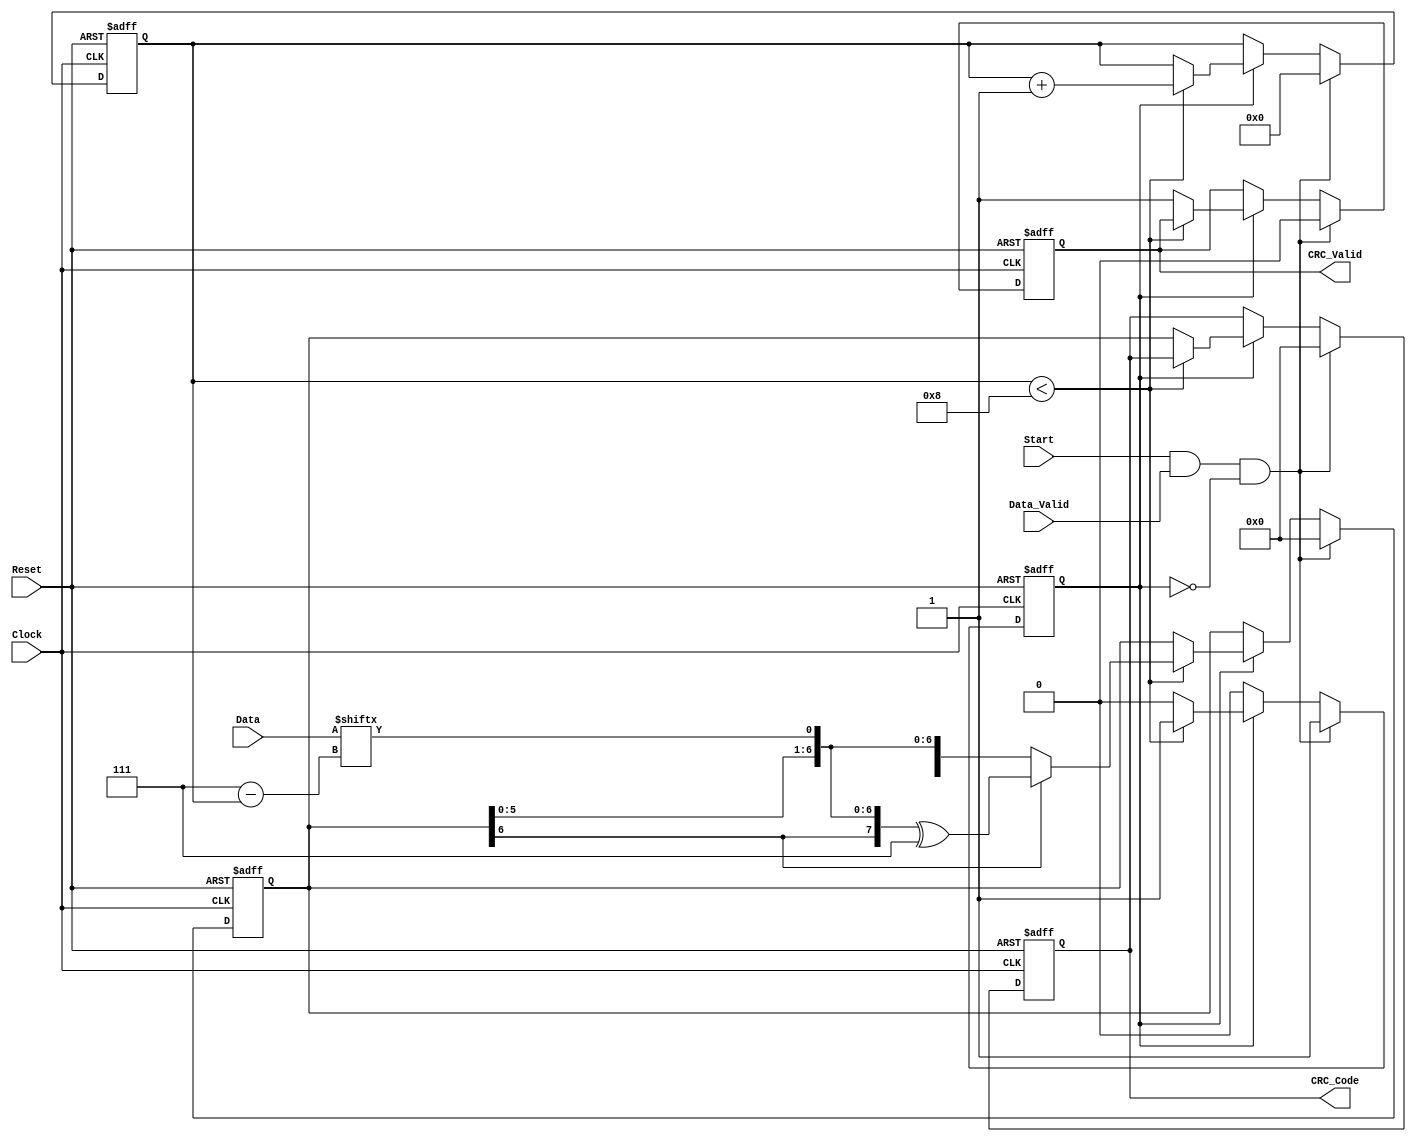
module Parameterized_CRC #(
    parameter CRC_Width = 8,               // Width of the CRC output
    parameter Polynomial = 8'h07,           // Polynomial used for CRC calculation (Example: x^8 + x^2 + x + 1)
    parameter Poly_Degree = 8,               // Degree of the polynomial
    parameter Initial_Value = 8'h00          // Initial value for the CRC register
)(
    input wire [CRC_Width-1:0] Data,       // Input data
    input wire Data_Valid,                   // Data valid signal
    input wire Reset,                        // Reset signal
    input wire Clock,                        // Clock signal
    input wire Start,                        // Start signal for CRC calculation
    output reg [CRC_Width-1:0] CRC_Code,   // Computed CRC checksum
    output reg CRC_Valid                     // CRC valid signal
);

    reg [CRC_Width-1:0] crc_reg;            // CRC shift register
    reg [Poly_Degree-1:0] polynomial;        // Polynomial register
    reg [3:0] bit_index;                     // Bit index for traversing input data
    reg processing;                          // Indicate if processing is ongoing

    // Initialize polynomial based on provided parameters
    initial begin
        polynomial = Polynomial;
        CRC_Code = Initial_Value;
        crc_reg = Initial_Value;
    end

    // CRC calculation state machine
    always @(posedge Clock or posedge Reset) begin
        if (Reset) begin
            crc_reg <= Initial_Value;          // Reset CRC register
            CRC_Code <= Initial_Value;         // Reset CRC output
            CRC_Valid <= 0;                    // Invalidate CRC output
            processing <= 0;                   // Reset processing flag
            bit_index <= 0;                    // Reset bit index
        end else if (Start && Data_Valid && !processing) begin
            crc_reg <= Initial_Value;          // Set initial CRC value
            CRC_Code <= Initial_Value;         // Initialize CRC_Code
            CRC_Valid <= 0;                    // Invalidate CRC output
            processing <= 1;                   // Start processing
            bit_index <= 0;                    // Reset bit index
        end else if (processing) begin
            if (bit_index < CRC_Width) begin
                // Shift in the data bit
                crc_reg = {crc_reg[CRC_Width-2:0], Data[CRC_Width-1 - bit_index]};

                // Polynomial division logic
                if (crc_reg[CRC_Width-1] == 1'b1) begin
                    crc_reg <= crc_reg ^ polynomial; // XOR with polynomial if MSB is set
                end

                bit_index <= bit_index + 1; // Move to next bit
            end else begin
                CRC_Code <= crc_reg;        // Store the final CRC value
                CRC_Valid <= 1;             // Indicate valid CRC is ready
                processing <= 0;            // Stop processing
            end
        end
    end

endmodule